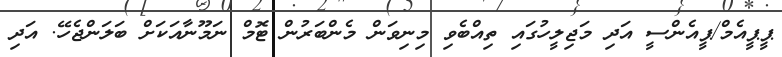
ޕީޕީއެމް/ޕީއެންސީ އަދި މަޖިލީހުގައި ތިއްބެވި މިނިވަން މެންބަރުން ޓޮމް ނަމޫނާއަކަށް ބަލަންޖެހޭ. އަދި